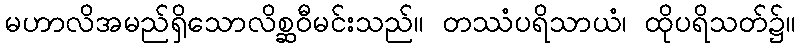
မဟာလိအမည်ရှိသောလိစ္ဆဝီမင်းသည်။ တဿံပရိသာယံ၊ ထိုပရိသတ်၌။